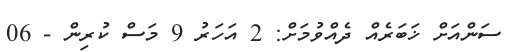
ސަންއަށް ޚަބަރެއް ދެއްވުމަށް: 2 އަހަރު 9 މަސް ކުރިން - 06